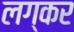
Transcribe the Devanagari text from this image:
लग्कर